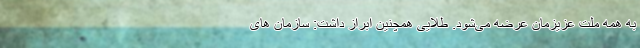
به همه ملت عزیزمان عرضه می‌شود. طلایی همچنین ابراز داشت: سازمان های